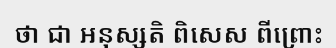
ថា ជា អនុស្សតិ ពិសេស ពីព្រោះ